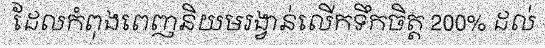
ដែលកំពុងពេញនិយមរង្វាន់លើកទឹកចិត្ត 200% ដល់